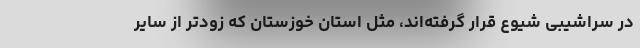
در سراشیبی شیوع قرار گرفته‌اند، مثل استان خوزستان که زودتر از سایر